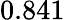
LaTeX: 0.841